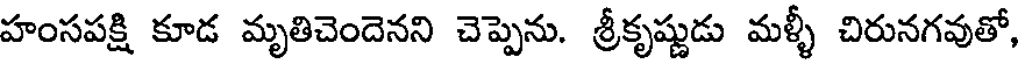
హంసపక్షి కూడ మృతిచెందెనని చెప్పెను. శ్రీకృష్ణుడు మళ్ళీ చిరునగవుతో,